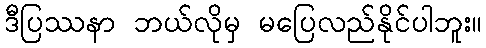
ဒီပြဿနာ ဘယ်လိုမှ မပြေလည်နိုင်ပါဘူး။